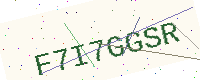
Text: F7I7GGSR